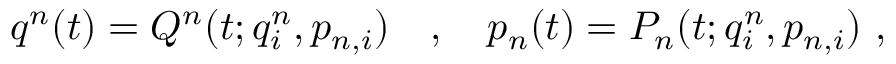
q ^ { n } ( t ) = Q ^ { n } ( t ; q _ { i } ^ { n } , p _ { n , i } ) \ \ \ , \ \ \ p _ { n } ( t ) = P _ { n } ( t ; q _ { i } ^ { n } , p _ { n , i } ) \ ,